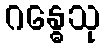
ဂန္ဓေသု